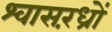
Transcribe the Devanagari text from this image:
श्वासरंध्रों